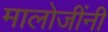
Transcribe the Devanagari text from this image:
मालोजींनी